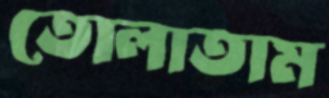
তোলাতাম